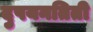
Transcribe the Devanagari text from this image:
दुषयनतिती